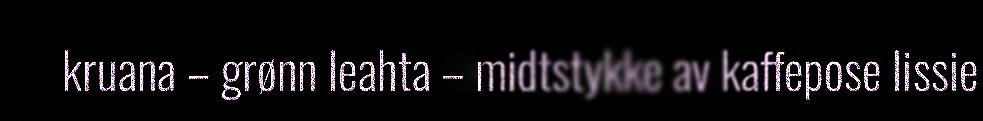
kruana – grønn leahta – midtstykke av kaffepose lissie